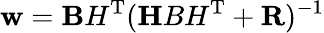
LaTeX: {\mathbf w}={\mathbf BH}^{\mathrm{T}}({\mathbf HBH}^{\mathrm{T}}+{\mathbf R})^{-1}